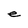
Character: e